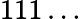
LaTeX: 111\ldots